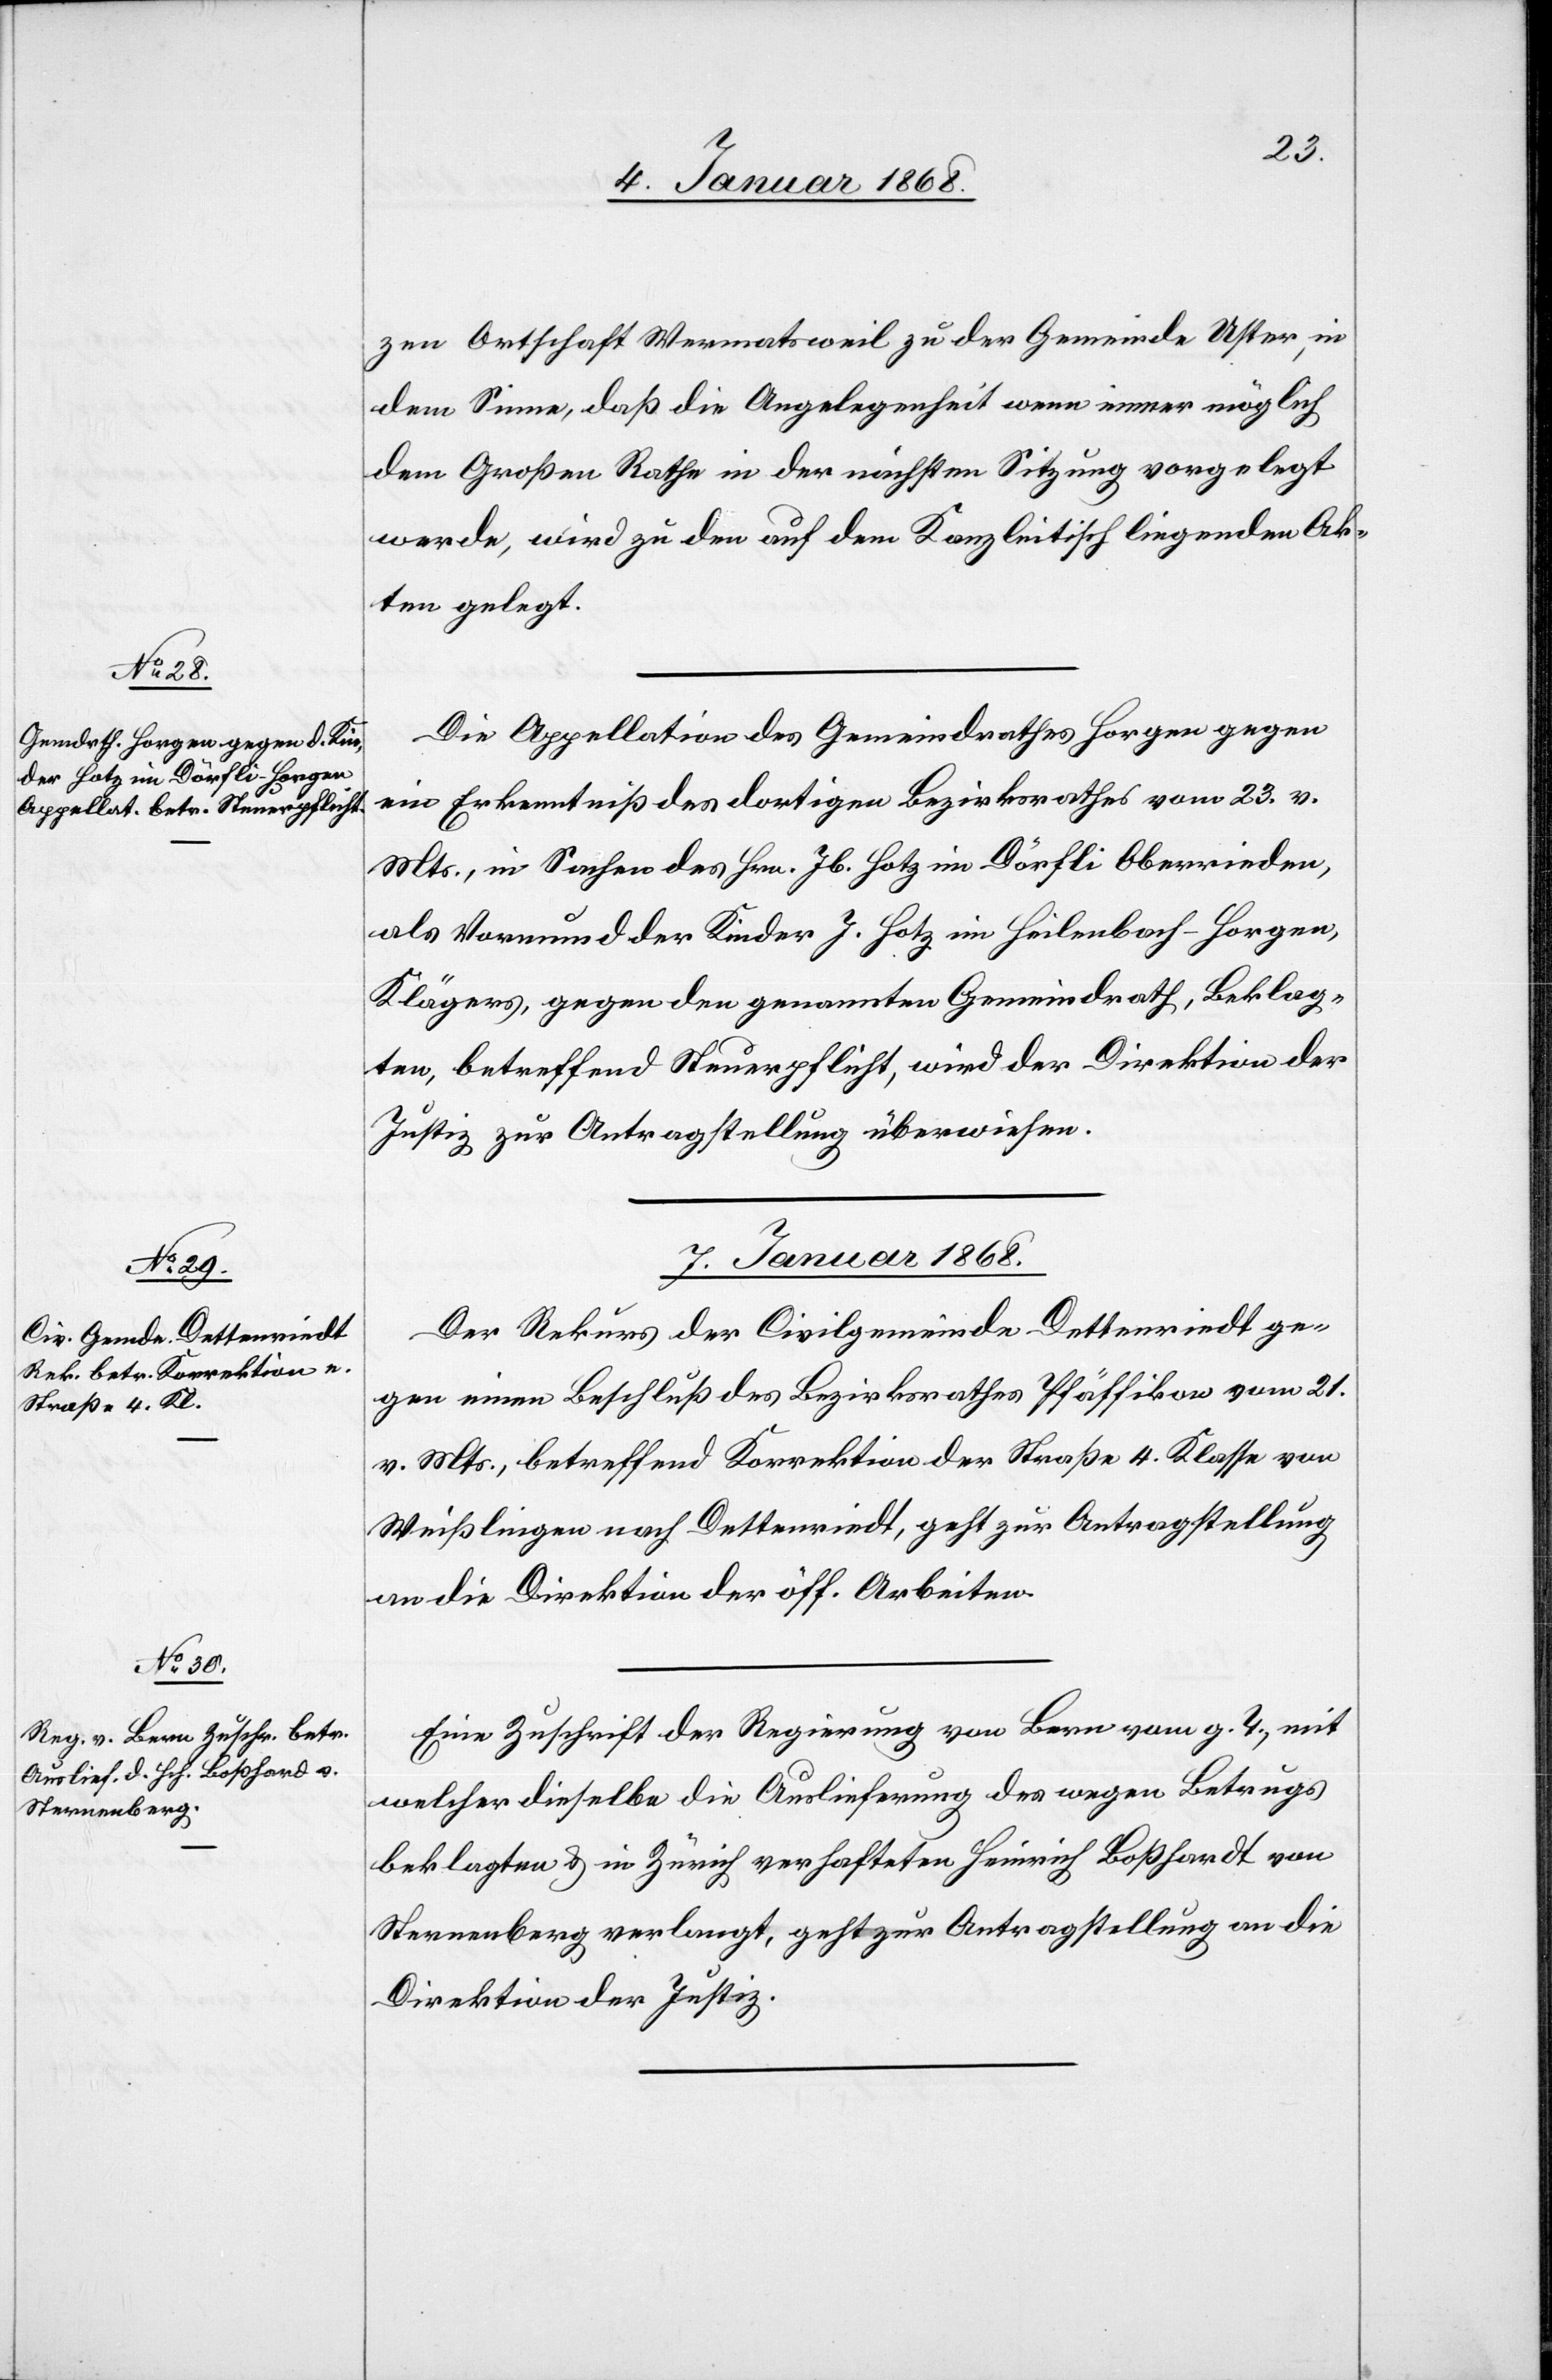
zen Ortschaft Wermatsweil zu der Gemeinde Uster, in
dem Sinne, daß die Angelegenheit wenn immer möglich
dem Großen Rathe in der nächsten Sitzung vorgelegt
werde, wird zu den auf dem Kanzleitisch liegenden Ak¬
ten gelegt.
Die Appellation des Gemeindrathes Horgen gegen
ein Erkenntniß des dortigen Bezirksrathes vom 23. v.
Mts., in Sachen des Hrn. Jb. Hotz im Dörfli Oberrieden,
als Vormund der Kinder J. Hotz im Heilenbach - Horgen
Klägers, gegen den genannten Gemeindrath, Beklag¬
ten, betreffend Steuerpflicht, wird der Direktion der
Justiz zur Antragstellung überwiesen.
7. Januar 1868.]
Der Rekurs der Civilgemeinde Dettenriedt ge¬
gen einen Beschluß des Bezirksrathes Pfäffikon vom 21.
v. Mts., betreffend Korrektion der Straße 4. Klasse von
Weißlingen nach Dettenriedt, geht zur Antragstellung
an die Direktion der öff. Arbeiten.
Eine Zuschrift der Regierung von Bern vom g. T., mit
welcher dieselbe die Auslieferung des wegen Betrugs
Beklagten & in Zürich verhafteten Heinrich Boßhardt
Sternenberg verlangt, geht zur Antragstellung an die
Direktion der Justiz.